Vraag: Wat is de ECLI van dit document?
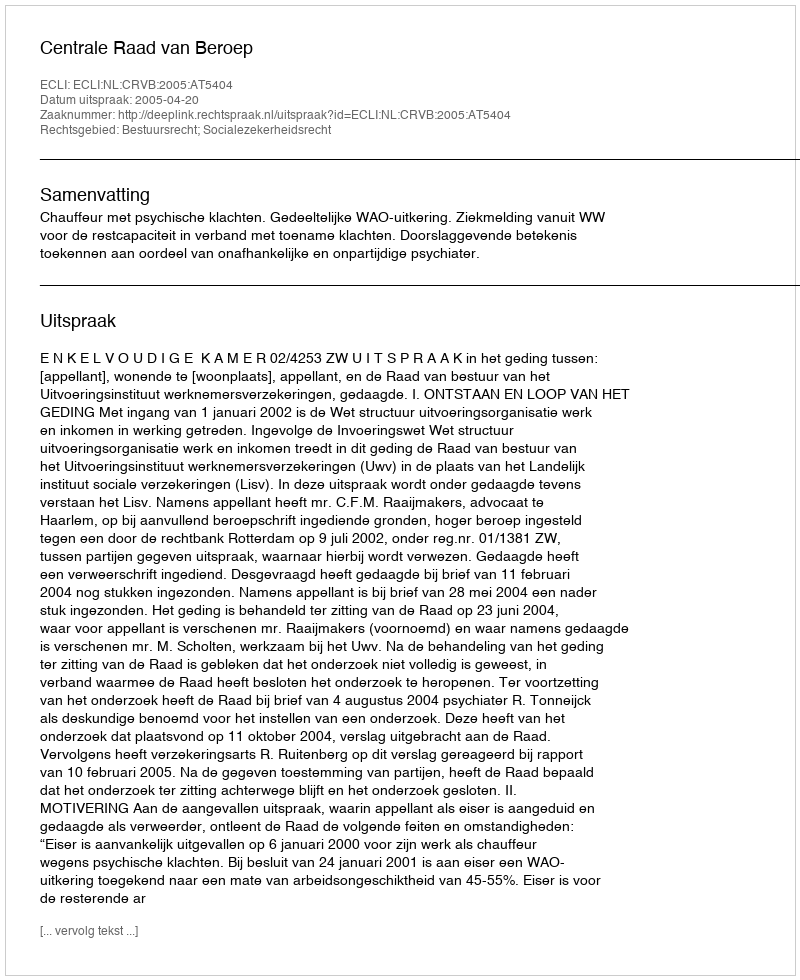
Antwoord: ECLI:NL:CRVB:2005:AT5404